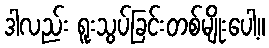
ဒါလည်း ရူးသွပ်ခြင်းတစ်မျိုးပေါ့။